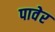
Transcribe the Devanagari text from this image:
पावेर